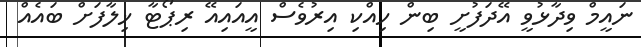
ނައީމް ވިދާޅުވީ އޭދަފުށީ ބިން ހިއްކި އިރުވެސް އީއައިއޭ ރިޕޯޓާ ޚިލާފަށް ބައެއް